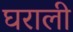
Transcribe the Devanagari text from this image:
घराली